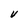
Character: V